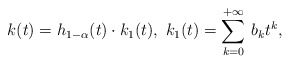
\begin{align*}k(t) = h_{1-\alpha}(t) \cdot k_1(t),\ k_1(t)=\sum_{k=0}^{+\infty}\, b_k t^k,\end{align*}